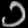
Digit: ၁